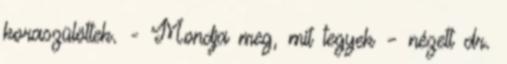
koraszülöttek. - Mondja meg, mit tegyek – nézett dr.